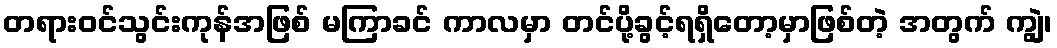
တရားဝင်သွင်းကုန်အဖြစ် မကြာခင် ကာလမှာ တင်ပို့ခွင့်ရရှိတော့မှာဖြစ်တဲ့ အတွက် ကျွဲ၊